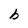
Character: b